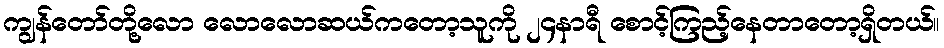
ကျွန်တော်တို့လော လောလောဆယ်ကတော့သူကို ၂၄နာရီ စောင့်ကြည့်နေတာတော့ရှိတယ်။